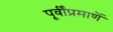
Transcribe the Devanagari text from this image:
पूर्वींप्रमाणें